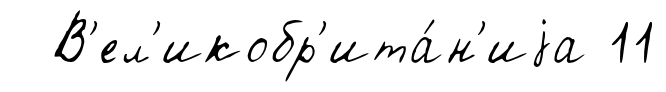
В'ел'икобр'ита́н'иjа 11